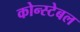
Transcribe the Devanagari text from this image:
कोन्स्टेबल